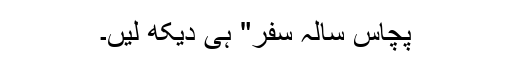
پچاس سالہ سفر" ہی دیکھ لیں۔